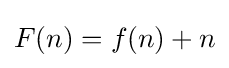
F(n)=f(n)+n